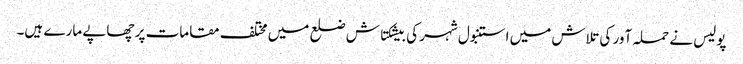
پولیس نے حملہ آور کی تلاش میں استنبول شہر کی بیشکتاش ضلع میں مختلف مقامات پر چھاپے مارے ہیں۔